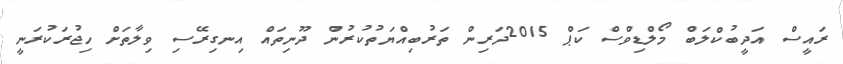
ރައީސް އަދީބުކްލަބް މޯލްޑިވްސް ކަޕް 2015ދަރިން ތަރުބިއްޔަތުކުރުން ދޫނިތައް އިނގިރޭސި ވިލާތަށް ހިޖުރަކުރަނީ